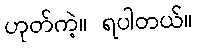
ဟုတ်ကဲ့။ ရပါတယ်။